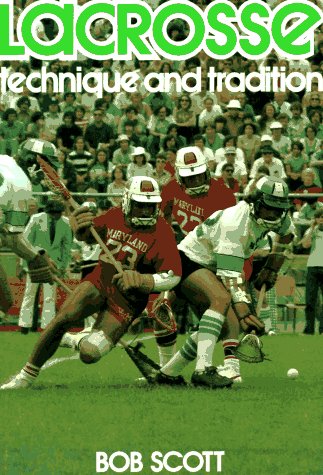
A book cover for Lacrosse: Technique and Tradition; Robert Scott; Sports & Outdoors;